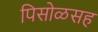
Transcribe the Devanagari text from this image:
पिसोळसह